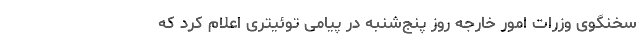
سخنگوی وزرات امور خارجه روز پنج‌شنبه در پیامی توئیتری اعلام کرد که